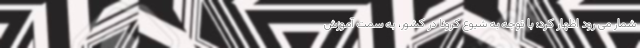
شمار می رود اظهار کرد: با توجه به شیوع کرونا در کشور، به سمت آموزش